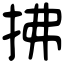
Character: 拂